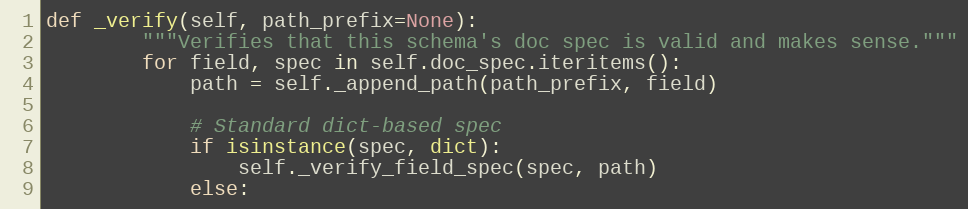
Language: Python
def _verify(self, path_prefix=None):
        """Verifies that this schema's doc spec is valid and makes sense."""
        for field, spec in self.doc_spec.iteritems():
            path = self._append_path(path_prefix, field)

            # Standard dict-based spec
            if isinstance(spec, dict):
                self._verify_field_spec(spec, path)
            else: